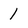
Character: 1